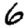
Digit: 6